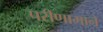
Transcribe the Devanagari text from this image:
परीणामाने